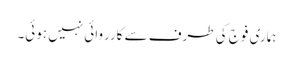
ہماری فوج کی طرف سے کارروائی نہیں ہوئی۔